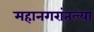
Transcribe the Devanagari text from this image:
महानगरांतल्या